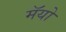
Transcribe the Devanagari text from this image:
मॅयो